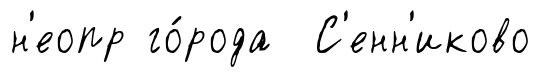
н'еопр го́рода С'енн'иково